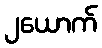
၂ယောက်